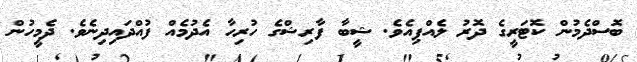
ބޮސްދެމުން ކޮޓަރީގެ ދޮރު ލެއްޕިއެވެ. ޝީބާ ފާރިޝްގެ ހުރިހާ އެދުމެއް ފުއްދައިދިނެވެ. ދެމީހުން